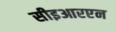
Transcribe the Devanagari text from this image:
सीइआरएन